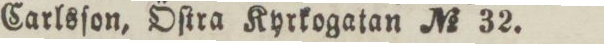
Carlsſon, Öſtra Kyrkogatan No 32.